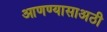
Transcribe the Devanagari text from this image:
आणण्यासाअठी